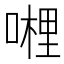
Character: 𭊂